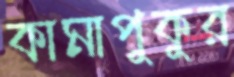
কামাপুকুর